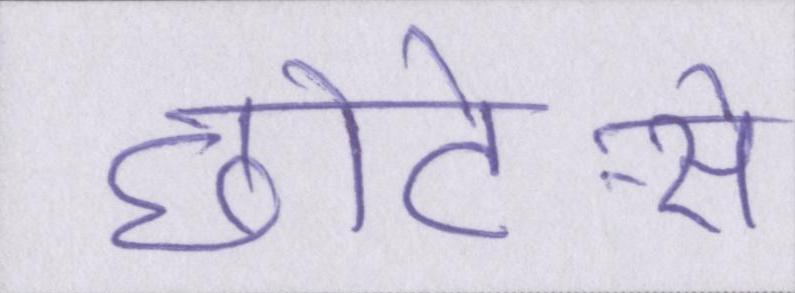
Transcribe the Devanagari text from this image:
छोटे-से